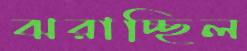
ঝরাচ্ছিল